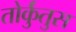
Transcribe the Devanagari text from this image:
तोर्कुंतुस